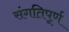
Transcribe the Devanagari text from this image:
संगतिपूर्ण